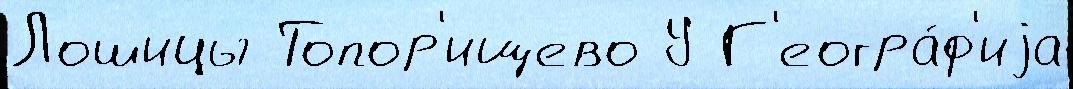
Лошицы Топор'ищево У Г'еогра́ф'иjа